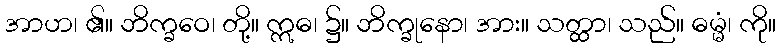
အာဟ၊ ၏။ ဘိက္ခဝေ၊ တို့။ ဣဓ၊ ၌။ ဘိက္ခုနော၊ အား။ သတ္ထာ၊ သည်။ ဓမ္မံ၊ ကို။